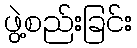
ဖွဲ့စည်းခြင်း